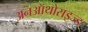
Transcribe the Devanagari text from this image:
अनऑथोराइज्ड